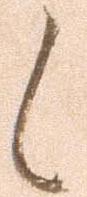
候